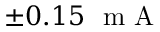
\pm 0 . 1 5 ~ \mathrm { ~ m ~ A ~ }